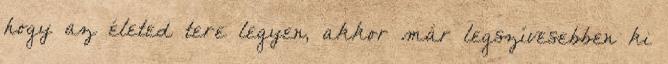
hogy az életed tere legyen, akkor már legszívesebben ki